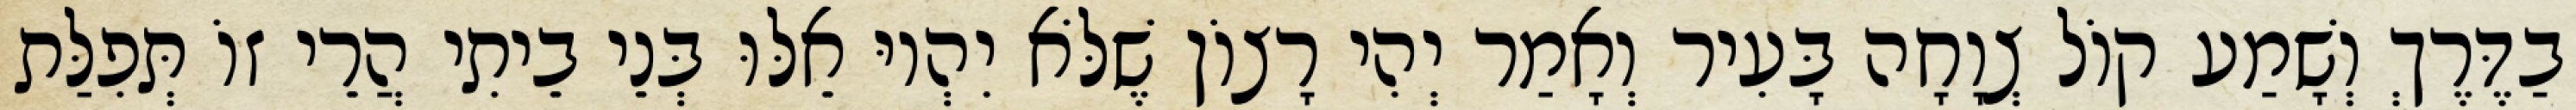
בַדֶּרֶךְ וְשָׁמַע קוֹל צְוָחָה בָּעִיר וְאָמַר יְהִי רָצוֹן שֶׁלֹּא יִהְיוּ אֵלּוּ בְּנֵי בֵיתִי הֲרֵי זוֹ תְּפִלַּת